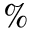
\%